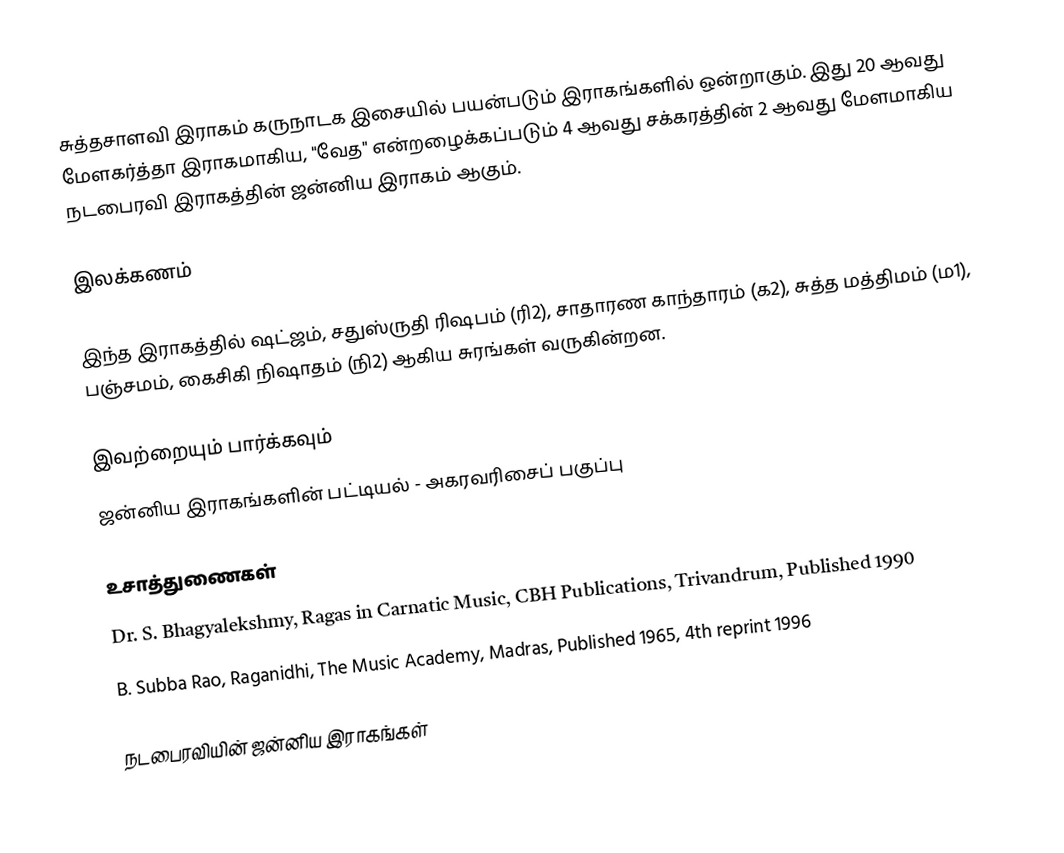
சுத்தசாளவி இராகம் கருநாடக இசையில் பயன்படும் இராகங்களில் ஒன்றாகும். இது 20 ஆவது மேளகர்த்தா இராகமாகிய, "வேத" என்றழைக்கப்படும் 4 ஆவது சக்கரத்தின் 2 ஆவது மேளமாகிய நடபைரவி இராகத்தின் ஜன்னிய இராகம் ஆகும்.

இலக்கணம்

இந்த இராகத்தில் ஷட்ஜம், சதுஸ்ருதி ரிஷபம் (ரி2), சாதாரண காந்தாரம் (க2), சுத்த மத்திமம் (ம1), பஞ்சமம், கைசிகி நிஷாதம்  (நி2) ஆகிய சுரங்கள் வருகின்றன.

இவற்றையும் பார்க்கவும்
 ஜன்னிய இராகங்களின் பட்டியல் - அகரவரிசைப் பகுப்பு

உசாத்துணைகள்
 Dr. S. Bhagyalekshmy, Ragas in Carnatic Music, CBH Publications, Trivandrum, Published 1990
 B. Subba Rao, Raganidhi, The Music Academy, Madras, Published 1965, 4th reprint 1996

நடபைரவியின் ஜன்னிய இராகங்கள்